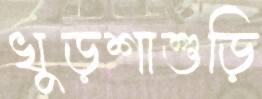
খুড়শাশুড়ি